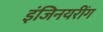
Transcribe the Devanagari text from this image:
इंजिनयरींग